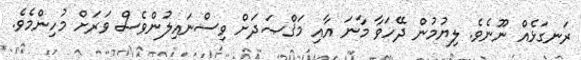
ރަނގަޅެއް ނޫނެވެ. ލިޔުމުން ދޭހަވާ މާނަ އާއި މަޤްޞަދަށް ވިސްނައިލުންވެސް ވަރަށް މުހިންމެވެ.